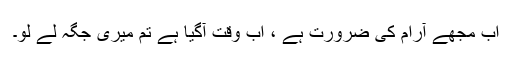
اب مجھے آرام کی ضرورت ہے ، اب وقت آگیا ہے تم میری جگہ لے لو۔